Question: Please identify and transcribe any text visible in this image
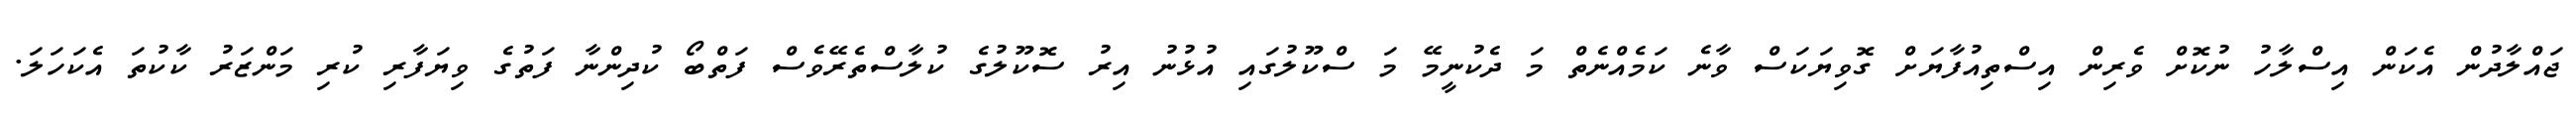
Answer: ޖައްލާދުން އެކަން އިސްލާހު ނުކޮށް ވެރިން އިސްތިއުފާޔަށް ގޮވިޔަކަސް ވާނެ ކަމެއްނެތް މަ ދެކުނީމޭ މަ ސްކޫލުގައި އުޅުނު އިރު ސޮކޫލުގެ ކުލާސްތެރޭވެސް ފަތްބޯ ކުދިންނާ ފަތުގެ ވިޔަފާރި ކުރި މަންޒަރު ކާކުތަ އެކަހަލަ.